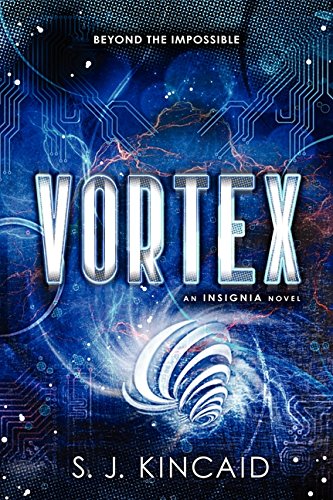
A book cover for Vortex (Insignia); S. J. Kincaid; Teen & Young Adult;